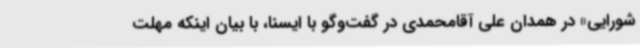
شورایی» در همدان علی آقامحمدی در گفت‌وگو با ایسنا، با بیان اینکه مهلت